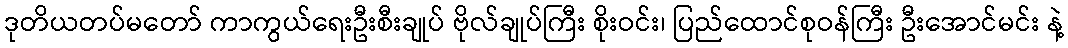
ဒုတိယတပ်မတော် ကာကွယ်ရေးဦးစီးချုပ် ဗိုလ်ချုပ်ကြီး စိုးဝင်း၊ ပြည်ထောင်စုဝန်ကြီး ဦးအောင်မင်း နဲ့